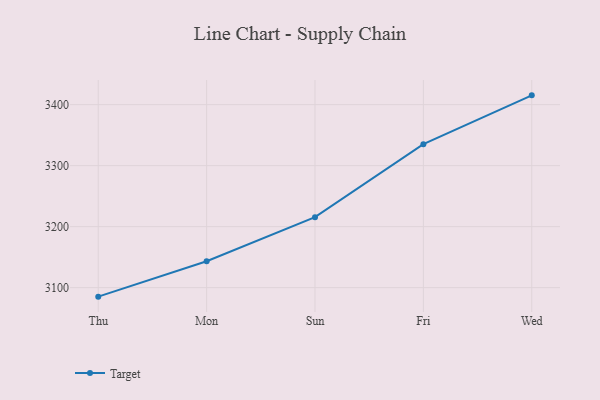
{"axis": {"x": "Day", "y": "Website Visitors"}, "legend": ["Target"], "data": [{"x": "Thu", "y": 3085.3, "type": "Target"}, {"x": "Mon", "y": 3143.3, "type": "Target"}, {"x": "Sun", "y": 3215.6, "type": "Target"}, {"x": "Fri", "y": 3335.2, "type": "Target"}, {"x": "Wed", "y": 3415.3, "type": "Target"}]}